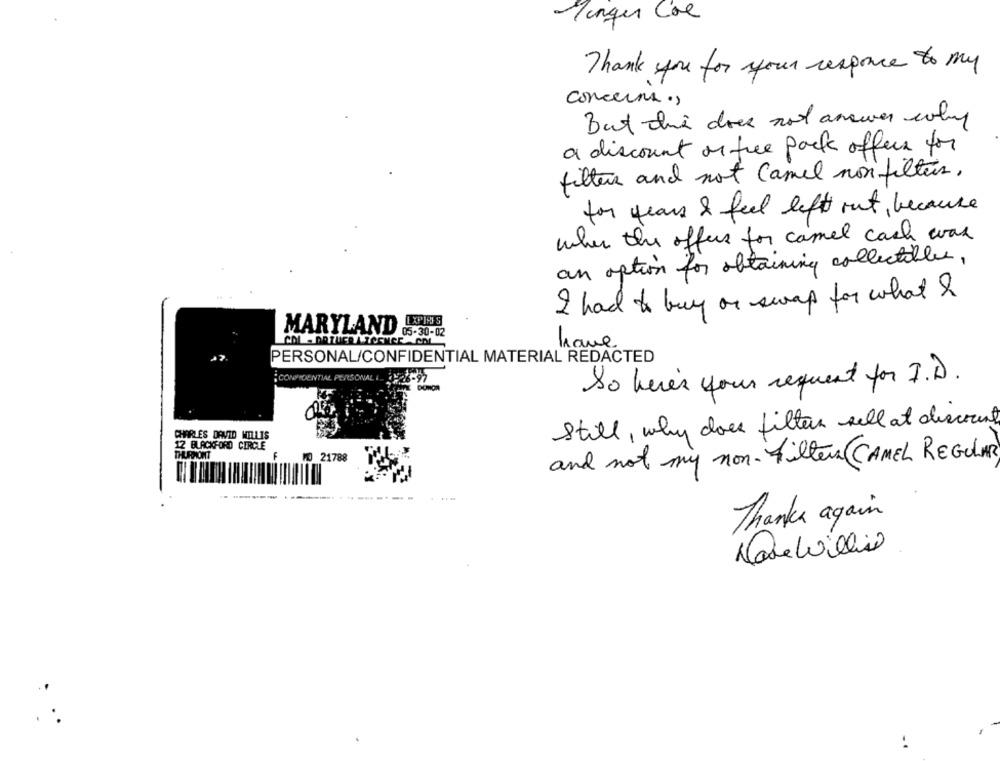
Manger Coe
Thank you for your responce to my
concerns .,
But the does not answer why
a discount on the pack offers for
filters and not Camel non filters,
for years & feel left out , because
when the offers for camel cash was
an option for obtaining collectibles,
I had to buy or swap for what I
MARYLAND
have
PERSONAL/CONFIDENTIAL MATERIAL REDACTED
CONFIDENTIAL PERSONALI
So here's your request for I.D.
Still , why does filter sell at discount
CHARLES DAVID WILLIS
12 BLACKFORD CERCLE
THURMONT
and not my non- Filter CAMEL REGULAR
MO 21788
-------
Thanks again
Nade Willie